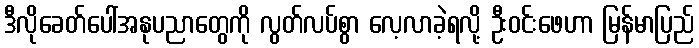
ဒီလိုခေတ်ပေါ်အနုပညာတွေကို လွတ်လပ်စွာ လေ့လာခဲ့ရလို့ ဦးဝင်းဖေဟာ မြန်မာပြည်